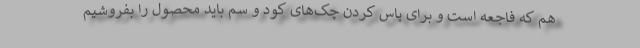
هم که فاجعه است و برای پاس کردن چک‌های کود و سم باید محصول را بفروشیم